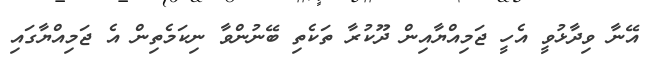
އޭނާ ވިދާޅުވީ އެހީ ޖަމިއްޔާއިން ދޫކުރާ ތަކެތި ބޭނުންވާ ނިކަމެތިން އެ ޖަމިއްޔާގައި